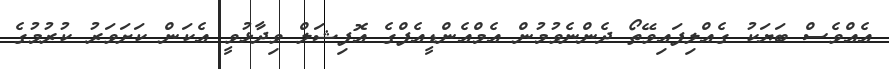
އެއްވެސް ބަޔަކު ގެއްލިފައިވޭތޯ ދެންނެވުމުން އެމްއެންޑީއެފްގެ އޮފިޝަލް ވިދާޅުވީ އެކަން ކަށަވަރު ކުރުމުގެ